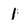
Character: 1